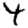
Digit: 4